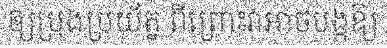
ឲ្យប្រុងប្រយ័ត្ន ពីព្រោះវាអាចបង្កឱ្យ